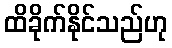
ထိခိုက်နိုင်သည်ဟု